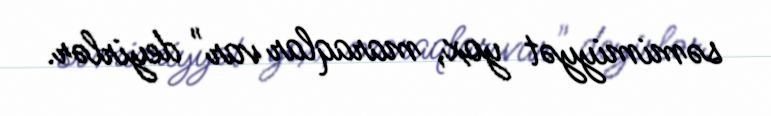
səmimiyyət yox, maraqlar var" deyirlər.